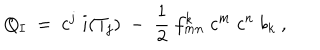
Q _ { I } \ = \ c ^ { j } \; i ( T _ { j } ) \; - \; \frac 1 2 \ f _ { m n } ^ { k } \; c ^ { m } \; c ^ { n } \; b _ { k } \ ,